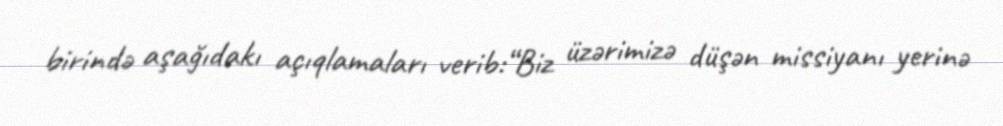
birində aşağıdakı açıqlamaları verib:“Biz üzərimizə düşən missiyanı yerinə